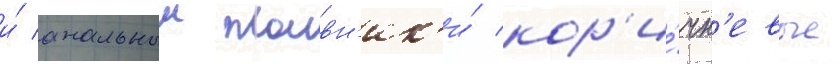
и́ анальныи плавн'ик'и́ кор'и́чн'евые